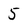
Character: 5